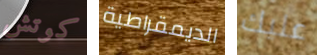
كوتش الديمقراطية عليك